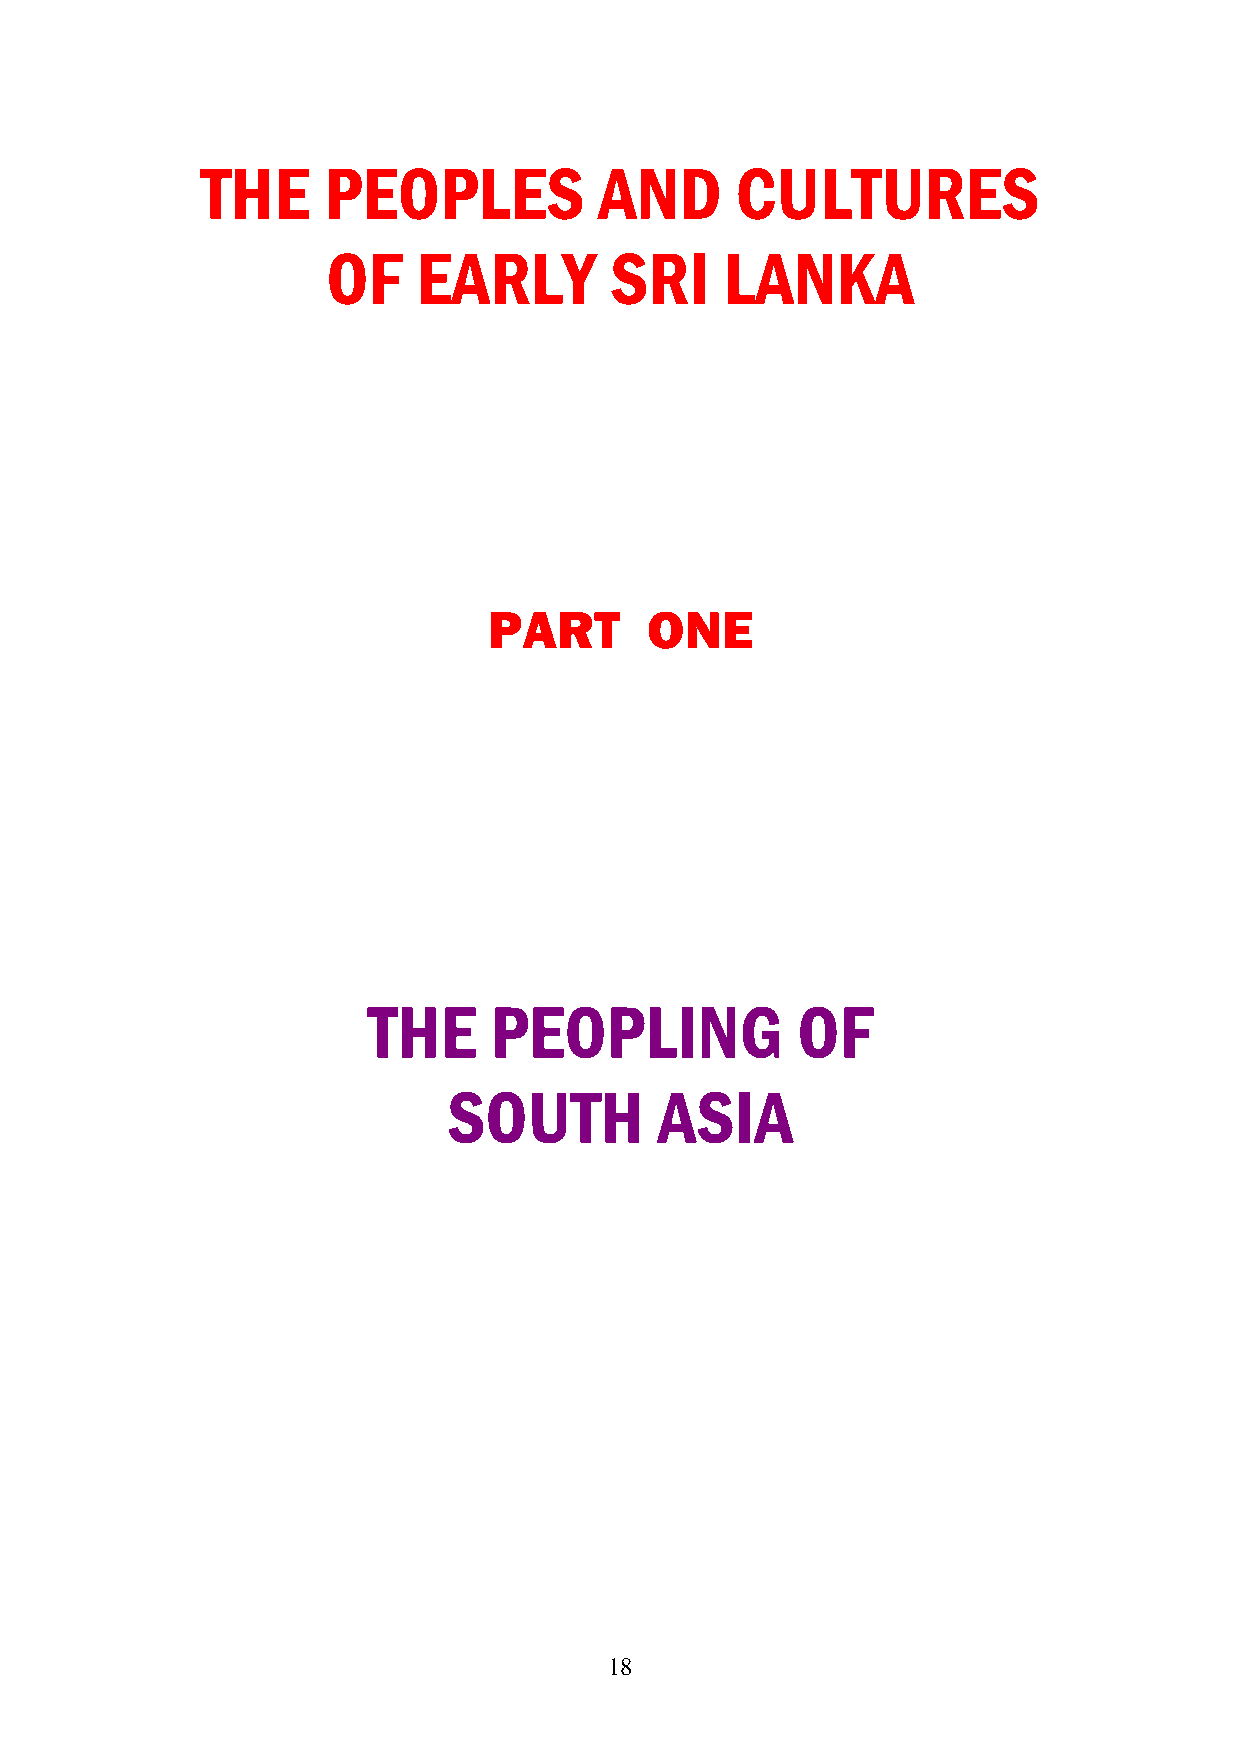
THE     PEOPLES            AND      CULTURES
 OF    EARLY       SRI     LANKA
 PART       ONE
 THE     PEOPLING             OF
 SOUTH         ASIA
 18